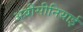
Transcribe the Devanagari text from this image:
अबीसीनियाई